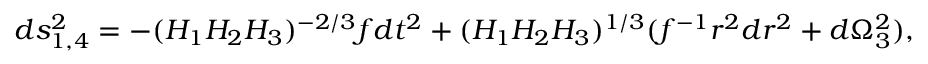
d s _ { 1 , 4 } ^ { 2 } = - ( H _ { 1 } H _ { 2 } H _ { 3 } ) ^ { - 2 / 3 } f d t ^ { 2 } + ( H _ { 1 } H _ { 2 } H _ { 3 } ) ^ { 1 / 3 } ( f ^ { - 1 } r ^ { 2 } d r ^ { 2 } + d \Omega _ { 3 } ^ { 2 } ) ,